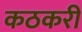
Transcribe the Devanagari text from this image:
कठकरी